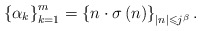
\begin{align*}\left\{ \alpha_{k}\right\} _{k=1}^{m}=\left\{ n\cdot\sigma\left( n\right)\right\} _{\left\vert n\right\vert \leqslant j^{\beta}}.\end{align*}